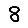
Digit: 8